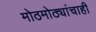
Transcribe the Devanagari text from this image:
मोठमोठ्यांचाही